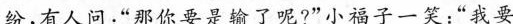
纷，有人问；”那你要是输了呢?”小福子一笑：”我要